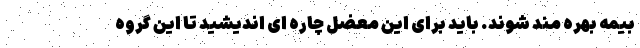
بیمه بهره مند شوند. باید برای این معضل چاره ای اندیشید تا این گروه